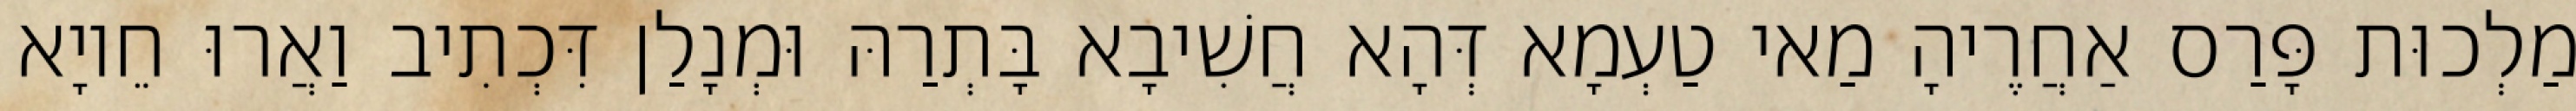
מַלְכוּת פָּרַס אַחֲרֶיהָ מַאי טַעְמָא דְּהָא חֲשִׁיבָא בָּתְרַהּ וּמְנָלַן דִּכְתִיב וַאֲרוּ חֵיוָא